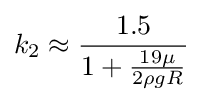
k_{2}\approx {\frac {1.5}{1+{\frac {19\mu }{2\rho gR}}}}